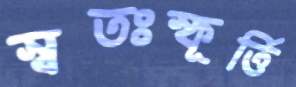
স্বতঃস্ফূর্ত্তি